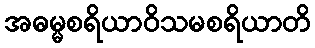
အဓမ္မစရိယာဝိသမစရိယာတိ